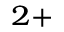
^ { 2 + }